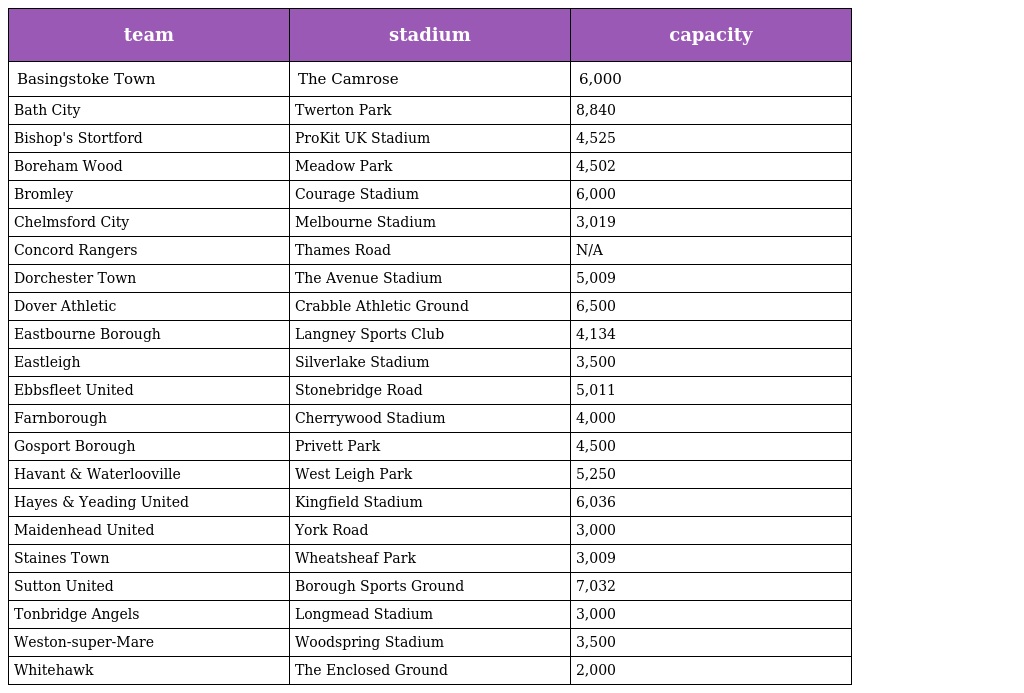
| team | stadium | capacity |
 | --- | --- | --- |
 | Basingstoke Town | The Camrose | 6,000 |
 | Bath City | Twerton Park | 8,840 |
 | Bishop's Stortford | ProKit UK Stadium | 4,525 |
 | Boreham Wood | Meadow Park | 4,502 |
 | Bromley | Courage Stadium | 6,000 |
 | Chelmsford City | Melbourne Stadium | 3,019 |
 | Concord Rangers | Thames Road | N/A |
 | Dorchester Town | The Avenue Stadium | 5,009 |
 | Dover Athletic | Crabble Athletic Ground | 6,500 |
 | Eastbourne Borough | Langney Sports Club | 4,134 |
 | Eastleigh | Silverlake Stadium | 3,500 |
 | Ebbsfleet United | Stonebridge Road | 5,011 |
 | Farnborough | Cherrywood Stadium | 4,000 |
 | Gosport Borough | Privett Park | 4,500 |
 | Havant & Waterlooville | West Leigh Park | 5,250 |
 | Hayes & Yeading United | Kingfield Stadium | 6,036 |
 | Maidenhead United | York Road | 3,000 |
 | Staines Town | Wheatsheaf Park | 3,009 |
 | Sutton United | Borough Sports Ground | 7,032 |
 | Tonbridge Angels | Longmead Stadium | 3,000 |
 | Weston-super-Mare | Woodspring Stadium | 3,500 |
 | Whitehawk | The Enclosed Ground | 2,000 |